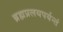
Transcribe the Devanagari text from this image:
ब्रह्मप्रलयपर्यन्तं